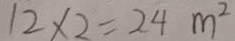
1 2 \times 2 = 2 4 m ^ { 2 }